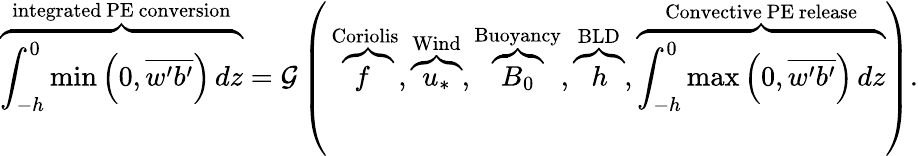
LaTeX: \overbrace{\int_{-h}^{0}\operatorname*{min}\left(0,\overline{{w^{\prime}b^{\prime}}}\right)\, dz}^{\mathrm{{integrated~PE~conversion}}}=\mathcal{G}\left(\, \overbrace{f}^{\mathrm{Coriolis}},\overbrace{u_{*}}^{\mathrm{Wind}},\overbrace{B_{0}}^{\mathrm{Buoyancy}},\overbrace{h}^{\mathrm{BLD}},\overbrace{\int_{-h}^{0}\operatorname*{max}\left(0,\overline{{w^{\prime}b^{\prime}}}\right)\, dz}^{\mathrm{Convective~PE~release}}\right).